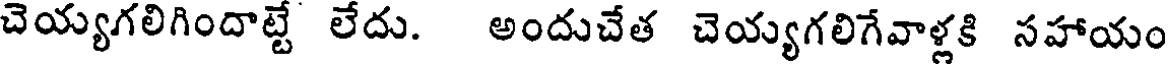
చెయ్యగలిగిందాట్టే లేదు. అందుచేత చెయ్యగలిగేవాళ్లకి సహాయం